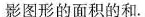
阴影图形的面积的和。